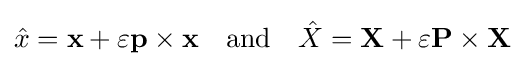
{\hat {x}}=\mathbf {x} +\varepsilon \mathbf {p} \times \mathbf {x} \quad {\text{and}}\quad {\hat {X}}=\mathbf {X} +\varepsilon \mathbf {P} \times \mathbf {X}